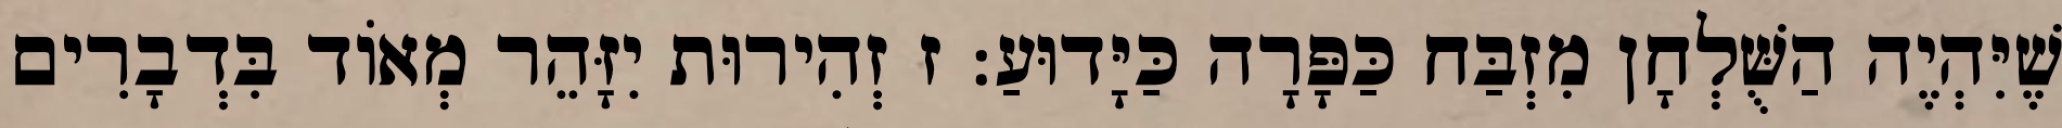
שֶׁיִּהְיֶה הַשֻּׁלְחָן מִזְבַּח כַּפָּרָה כַּיָּדוּעַ: ז זְהִירוּת יִזָּהֵר מְאוֹד בִּדְבָרִים